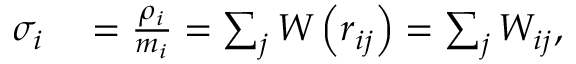
\begin{array} { r l } { \sigma _ { i } } & { { } = \frac { \rho _ { i } } { m _ { i } } = \sum _ { j } W \left( r _ { i j } \right) = \sum _ { j } W _ { i j } , } \end{array}